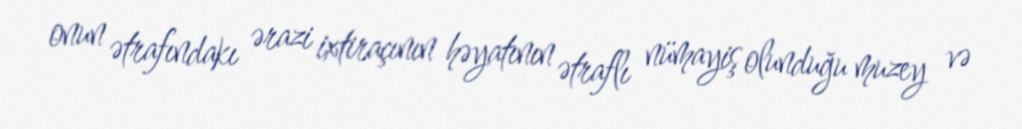
onun ətrafındakı ərazi ixtiraçının həyatının ətraflı nümayiş olunduğu muzey və